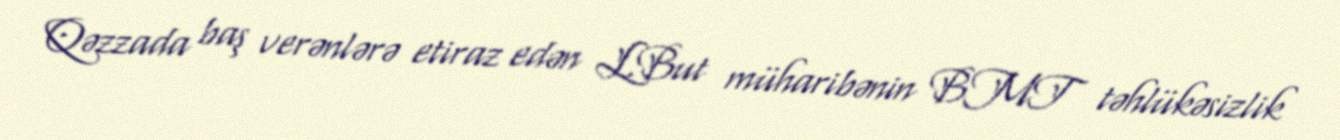
Qəzzada baş verənlərə etiraz edən L.But müharibənin BMT təhlükəsizlik